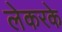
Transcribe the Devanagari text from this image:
लेकरके